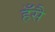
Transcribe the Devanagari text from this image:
हँसै